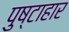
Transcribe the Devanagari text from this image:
पुष्टाहार